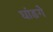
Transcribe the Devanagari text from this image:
घांडगे